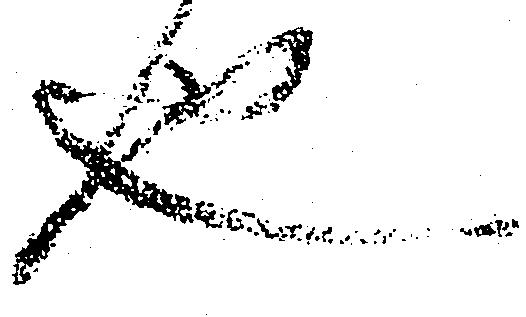
也